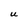
Character: U